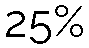
25%